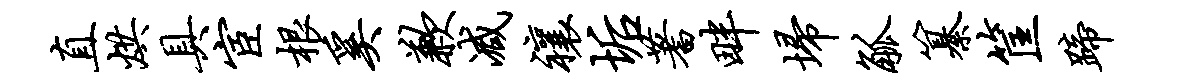
直烘具宦根奚歉减禳垢蓍畔埽觚纂筐蹄